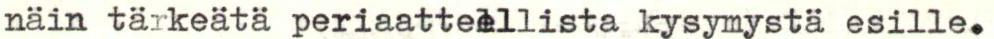
näin tärkeätä periaatteellista kysymystä esille.